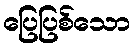
ပြေပြစ်သော